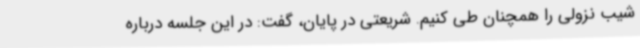
شیب نزولی را همچنان طی کنیم. شریعتی در پایان، گفت: در این جلسه درباره